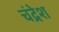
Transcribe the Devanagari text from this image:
चंद्रेश